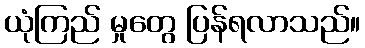
ယုံကြည် မှုတွေ ပြန်ရလာသည်။